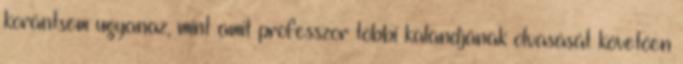
korántsem ugyanaz, mint amit professzor többi kalandjának olvasását követően